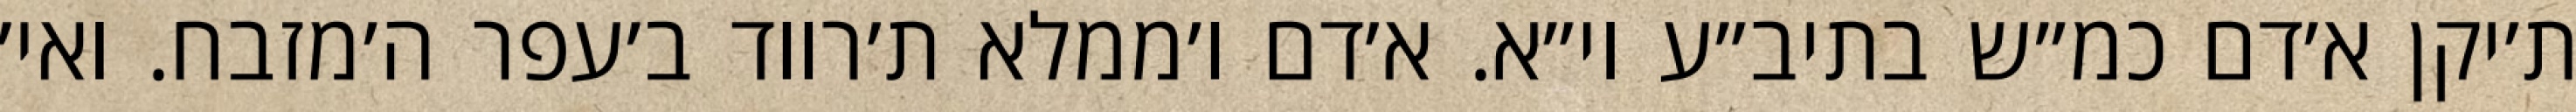
ת׳יקן א׳דם כמ״ש בתיב״ע וי״א. א׳דם ו׳ממלא ת׳רווד ב׳עפר ה׳מזבח. ואי׳